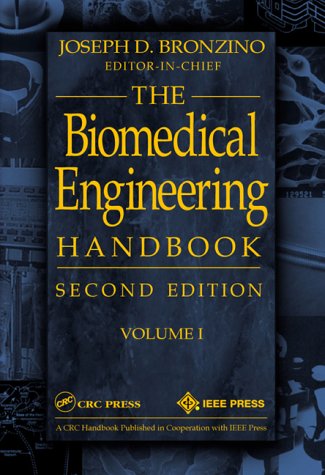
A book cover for Biomedical Engineering Handbook, Volume I; Joseph D. Bronzino; Medical Books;